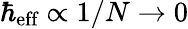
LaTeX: \hbar_{\textrm{eff}}\propto 1/N\to 0